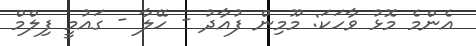
އެންމެ މޮޅު ވާހަކަ: މޫމިން ފުއާދު - ހޭލާ - ގައުމީ ފިލްމް